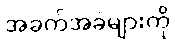
အခက်အခဲများကို